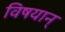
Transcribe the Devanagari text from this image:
विषयान्